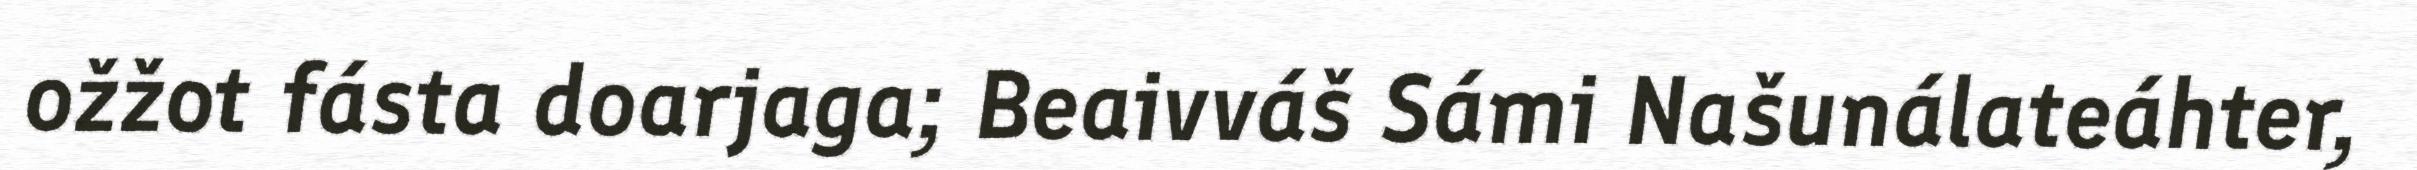
ožžot fásta doarjaga; Beaivváš Sámi Našunálateáhter,